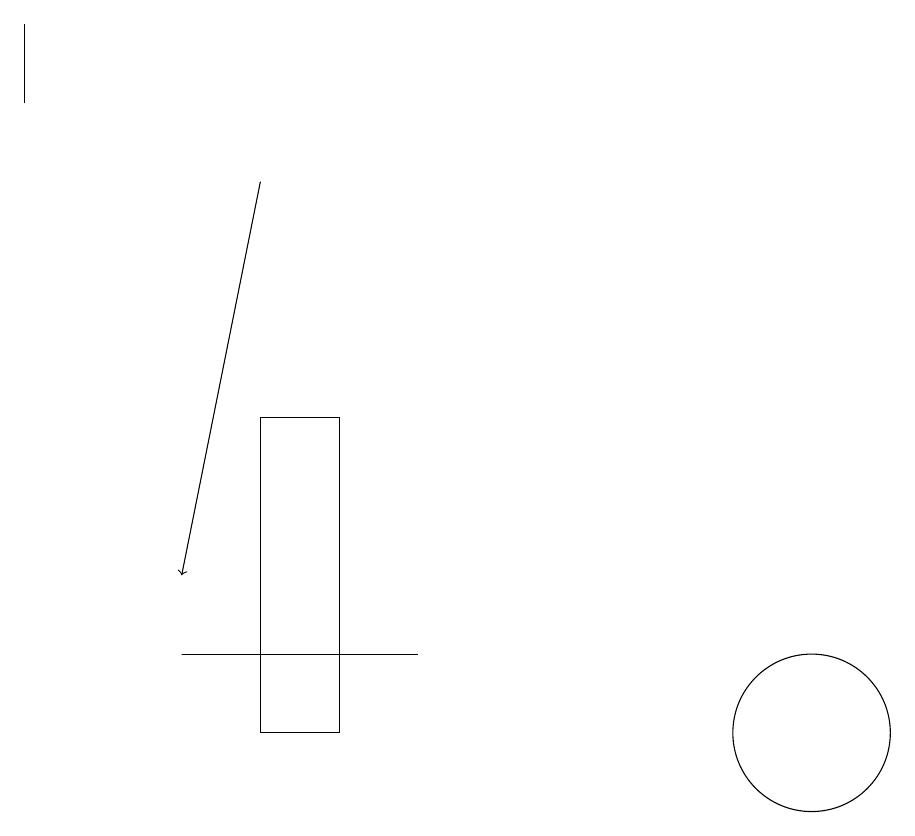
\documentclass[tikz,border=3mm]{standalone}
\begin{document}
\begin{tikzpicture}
\draw (6,11) rectangle (3,11);
\draw (4,14) rectangle (5,10);
\draw (11,10) circle (1);
\draw[->] (4,17) -- (3,12);
\draw (1,18) rectangle (1,19);
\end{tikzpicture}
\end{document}